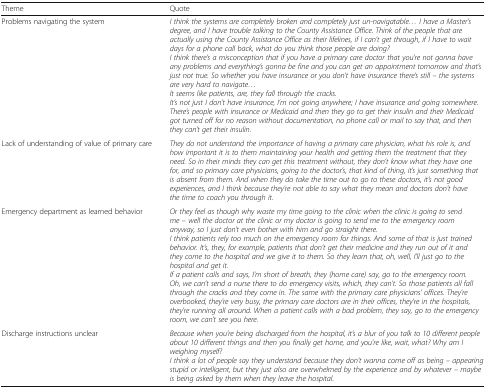
| Theme | Quote |
 | --- | --- |
 | Problems navigating the system | I think the systems are completely broken and completely just un-navigatable... I have a Master’s degree, and I have trouble talking to the County Assistance Office. Think of the people that are actually using the County Assistance Office as their lifelines, if I can’t get through, if I have to wait days for a phone call back, what do you think those people are doing?I think there’s a misconception that if you have a primary care doctor that you're not gonna have any problems and everything’s gonna be fine and you can get an appointment tomorrow and that’s just not true. So whether you have insurance or you don’t have insurance there’s still – the systems are very hard to navigate...It seems like patients, are, they fall through the cracks.It’s not just I don’t have insurance, I’m not going anywhere; I have insurance and going somewhere. There’s people with insurance or Medicaid and then they go to get their insulin and their Medicaid got turned off for no reason without documentation, no phone call or mail to say that, and then they can’t get their insulin. |
 | Lack of understanding of value of primary care | They do not understand the importance of having a primary care physician, what his role is, and how important it is to them maintaining your health and getting them the treatment that they need. So in their minds they can get this treatment without, they don’t know what they have one for, and so primary care physicians, going to the doctor’s, that kind of thing, it’s just something that is absent from them. And when they do take the time out to go to these doctors, it’s not good experiences, and I think because they’re not able to say what they mean and doctors don’t have the time to coach you through it. |
 | Emergency department as learned behavior | Or they feel as though why waste my time going to the clinic when the clinic is going to send me – well the doctor at the clinic or my doctor is going to send me to the emergency room anyway, so I just don’t even bother with him and go straight there.I think patients rely too much on the emergency room for things. And some of that is just trained behavior. It’s, they, for example, patients that don’t get their medicine and they run out of it and they come to the hospital and we give it to them. So they learn that, oh, well, I’ll just go to the hospital and get it.If a patient calls and says, I’m short of breath, they (home care) say, go to the emergency room. Oh, we can’t send a nurse there to do emergency visits, which, they can’t. So those patients all fall through the cracks and they come in. The same with the primary care physicians’ offices. They’re overbooked, they’re very busy, the primary care doctors are in their offices, they’re in the hospitals, they’re running all around. When a patient calls with a bad problem, they say, go to the emergency room, we can’t see you here. |
 | Discharge instructions unclear | Because when you’re being discharged from the hospital, it’s a blur of you talk to 10 different people about 10 different things and then you finally get home, and you’re like, wait, what? Why am I weighing myself?I think a lot of people say they understand because they don’t wanna come off as being – appearing stupid or intelligent, but they just also are overwhelmed by the experience and by whatever – maybe is being asked by them when they leave the hospital. |